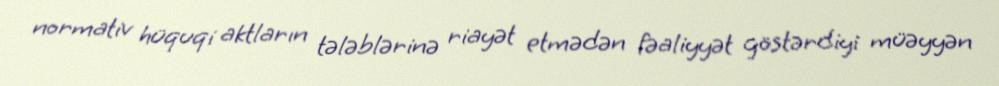
normativ hüquqi aktların tələblərinə riayət etmədən fəaliyyət göstərdiyi müəyyən